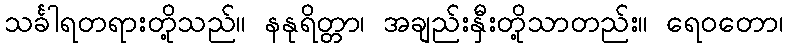
သင်္ခါရတရားတို့သည်။ နနုရိတ္တာ၊ အချည်းနှီးတို့သာတည်း။ ရေဝတော၊